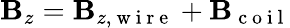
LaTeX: \mathbf{B}_{z}=\mathbf{B}_{z,\mathrm{{~w~i~r~e~}}}+\mathbf{B}_{\mathrm{{~c~o~i~l~}}}